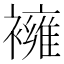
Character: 𧝸